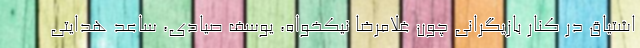
اشتیاق در کنار بازیگرانی چون غلامرضا نیکخواه، یوسف صیادی، ساعد هدایتی